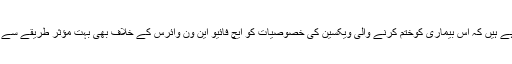
اور اب ماہرین امید کررہے ہیں کہ اس بیماری کوختم کرنے والی ویکسین کی خصوصیات کو ایچ فائیو این ون وائرس کے خلاف بھی بہت مؤثر طریقے سے استعمال کیا جاسکتا ہے۔